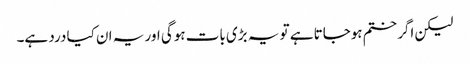
لیکن اگر ختم ہوجاتا ہے تو یہ بڑی بات ہوگی اور یہ ان کیا درد ہے۔